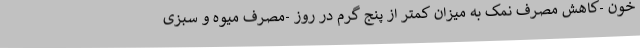
خون -کاهش مصرف نمک به میزان کمتر از پنج گرم در روز -مصرف میوه و سبزی